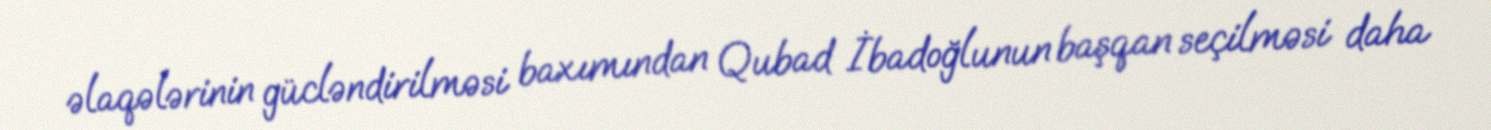
əlaqələrinin gücləndirilməsi baxımından Qubad İbadoğlunun başqan seçilməsi daha